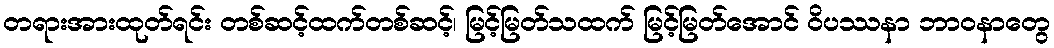
တရားအားထုတ်ရင်း တစ်ဆင့်ထက်တစ်ဆင့်၊ မြင့်မြတ်သထက် မြင့်မြတ်အောင် ဝိပဿနာ ဘာဝနာတွေ